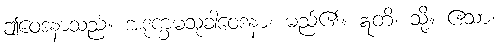
ဤဝေဒနာသည်။ အဒုက္ခမသုခါဝေဒနာ၊ မည်၏။ ဣတိ၊ သို့။ ဧသာ၊